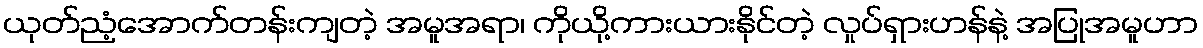
ယုတ်ညံ့အောက်တန်းကျတဲ့ အမူအရာ၊ ကိုယို့ကားယားနိုင်တဲ့ လှုပ်ရှားဟန်နဲ့ အပြုအမူဟာ